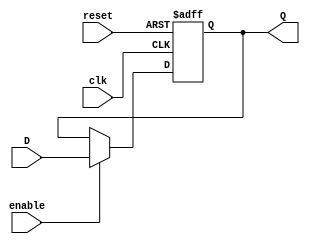
module FlipFlopRegister #(
    parameter N = 8  // Number of bits in the register
) (
    input  wire           clk,    // Clock signal
    input  wire           reset,  // Asynchronous reset
    input  wire           enable, // Enable signal
    input  wire [N-1:0]  D,      // Parallel input data
    output reg  [N-1:0]  Q       // Parallel output data
);

    always @(posedge clk or posedge reset) begin
        if (reset) begin
            Q <= {N{1'b0}}; // Reset the register to 0
        end else if (enable) begin
            Q <= D; // Update the register with input data
        end
        // If enable is low, Q retains its previous value
    end

endmodule